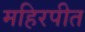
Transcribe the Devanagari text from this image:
महिरपीत